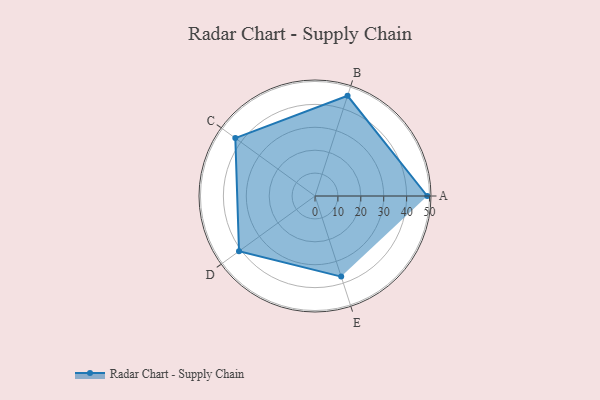
{"axis": {"x": "Skill", "y": "Score"}, "legend": ["Profile"], "data": [{"x": "A", "y": 49.0, "type": "Profile"}, {"x": "B", "y": 46.0, "type": "Profile"}, {"x": "C", "y": 43.0, "type": "Profile"}, {"x": "D", "y": 41.0, "type": "Profile"}, {"x": "E", "y": 37.0, "type": "Profile"}]}